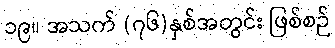
၁၉။ အသက် (၇၆)နှစ်အတွင်း ဖြစ်စဉ်